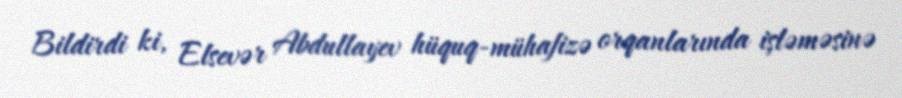
Bildirdi ki, Elsevər Abdullayev hüquq-mühafizə orqanlarında işləməsinə